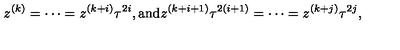
z ^ { ( k ) } = \cdots = z ^ { ( k + i ) } \tau ^ { 2 i } , { \mathrm { a n d } } z ^ { ( k + i + 1 ) } \tau ^ { 2 ( i + 1 ) } = \cdots = z ^ { ( k + j ) } \tau ^ { 2 j } ,